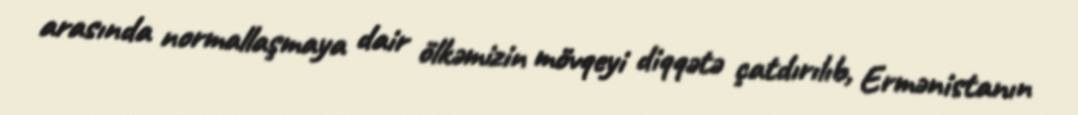
arasında normallaşmaya dair ölkəmizin mövqeyi diqqətə çatdırılıb, Ermənistanın